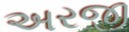
અરજી